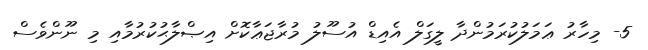
5- މިހާރު ޢަމަލުކުރަމުންދާ ލީގަލް އެއިޑް އުސޫލު މުރާޖަޢާކޮށް އިޞްލާޙުކުރުމާއި މި ނޫންވެސް